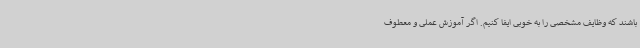
باشند که وظایف مشخصی را به خوبی ایفا کنیم. اگر آموزش عملی و معطوف